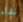
نداء